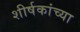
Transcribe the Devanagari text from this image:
शीर्षकांच्या